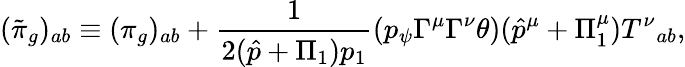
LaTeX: (\tilde{\pi}_{g})_{ab}\equiv(\pi_{g})_{ab}+\frac 1{2(\hat{p}+\Pi_{1})p_{1}}(p_{\psi}\Gamma^{\mu}\Gamma^{\nu}\theta)(\hat{p}^{\mu}+\Pi_{1}^{\mu}){T^{\nu}}_{ab},